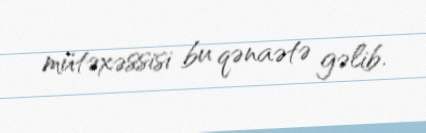
mütəxəssisi bu qənaətə gəlib.